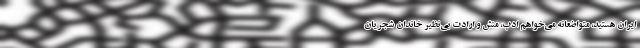
ایران هستید، متواضعانه می‌خواهم ادب، منش و ارادت بی‌نظیر خاندان شجریان